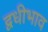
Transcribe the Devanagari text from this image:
द्वधीभाव